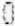
0